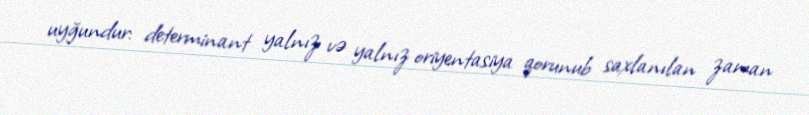
uyğundur: determinant yalnız və yalnız oriyentasiya qorunub saxlanılan zaman